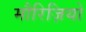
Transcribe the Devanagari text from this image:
मौरिज़ियो